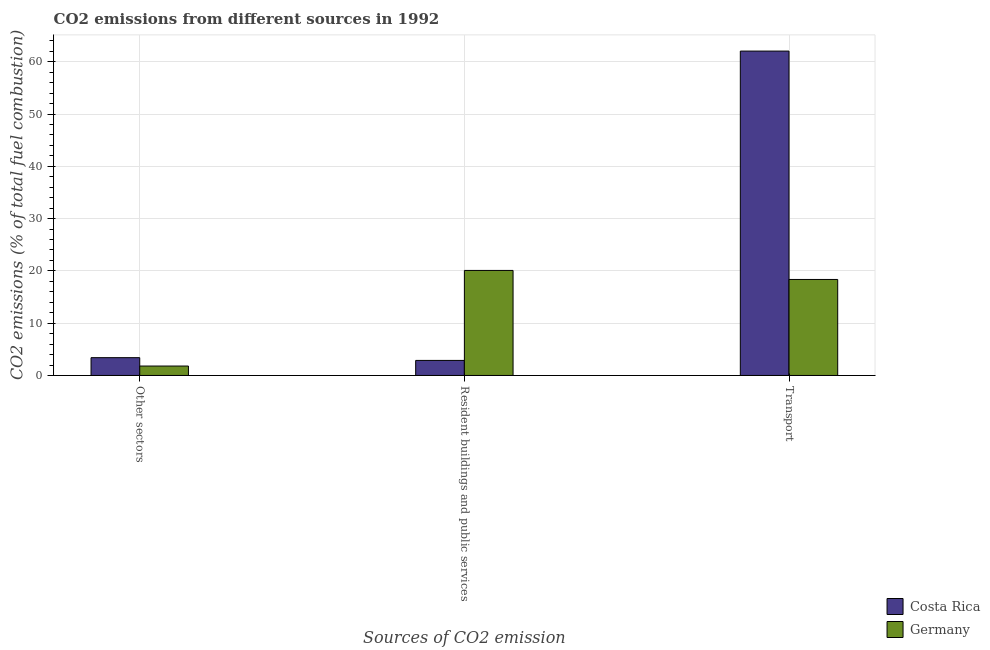
| Sources of CO2 emission | Costa Rica | Germany |
 | --- | --- | --- |
 | Other sectors | 3.4 | 1.8 |
 | Resident buildings and public services | 2.88 | 20.1 |
 | Transport | 62 | 18.4 |